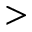
>